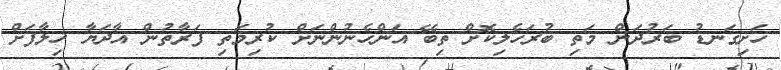
ހަށިގަނޑު ބަރުދަން މަތި ބުރަހެލިކޮށް ތިބޭ އަންހެނުންނަށް ކުރިމަތި ފަރާތުން އާދަޔާ ޚިލާފަށް